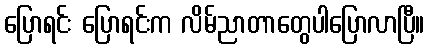
ပြောရင်း ပြောရင်းက လိမ်ညာတာတွေပါပြောလာပြီ။